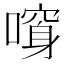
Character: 𠾮